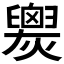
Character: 𱬧